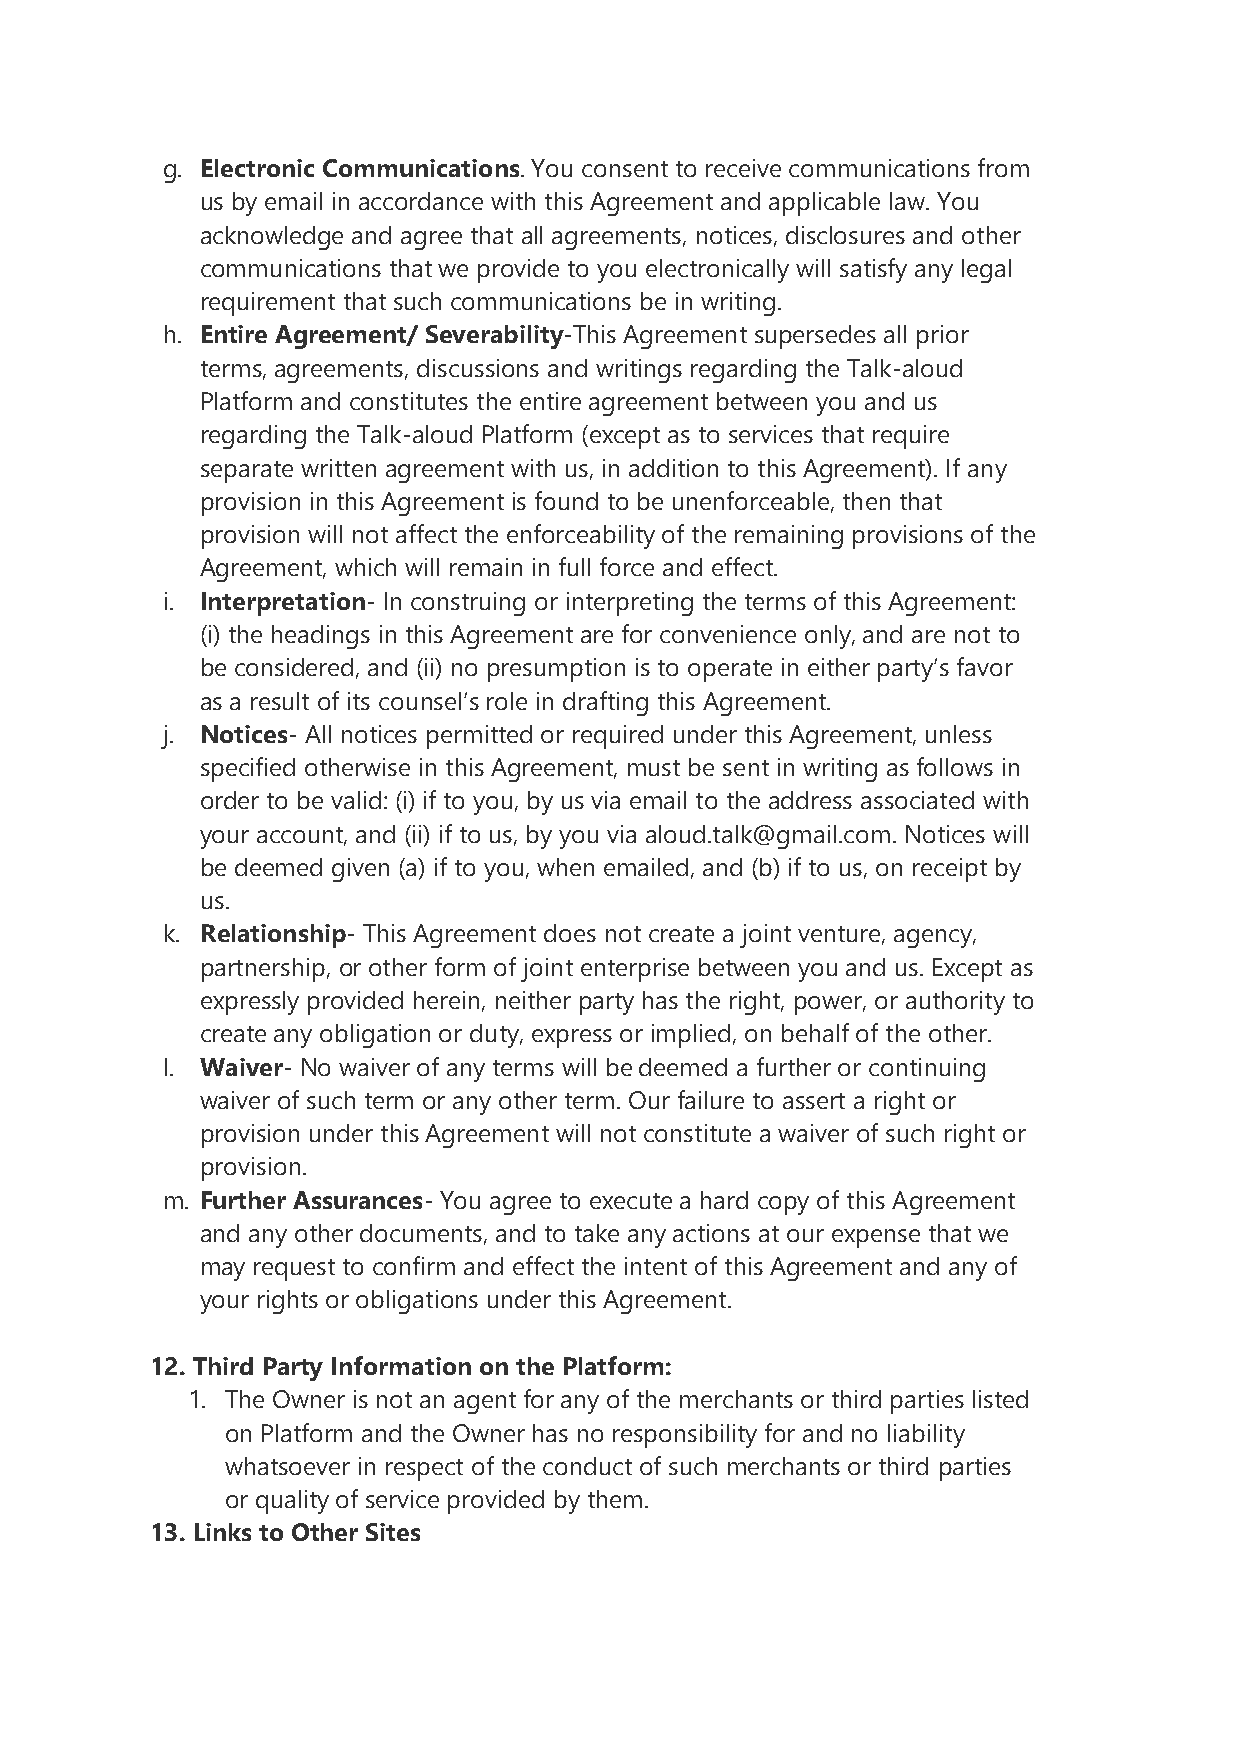
g. Electronic Communications. You consent to receive communications from
 us by email in accordance with this Agreement and applicable law. You
 acknowledge and agree that all agreements, notices, disclosures and other
 communications that we provide to you electronically will satisfy any legal
 requirement that such communications be in writing.
 h. Entire Agreement/ Severability-This Agreement supersedes all prior
 terms, agreements, discussions and writings regarding the Talk-aloud
 Platform and constitutes the entire agreement between you and us
 regarding the Talk-aloud Platform (except as to services that require
 separate written agreement with us, in addition to this Agreement). If any
 provision in this Agreement is found to be unenforceable, then that
 provision will not affect the enforceability of the remaining provisions of the
 Agreement, which will remain in full force and effect.
 i. Interpretation- In construing or interpreting the terms of this Agreement:
 (i) the headings in this Agreement are for convenience only, and are not to
 be considered, and (ii) no presumption is to operate in either party’s favor
 as a result of its counsel’s role in drafting this Agreement.
 j. Notices- All notices permitted or required under this Agreement, unless
 specified otherwise in this Agreement, must be sent in writing as follows in
 order to be valid: (i) if to you, by us via email to the address associated with
 your account, and (ii) if to us, by you via aloud.talk@gmail.com. Notices will
 be deemed given (a) if to you, when emailed, and (b) if to us, on receipt by
 us.
 k. Relationship- This Agreement does not create a joint venture, agency,
 partnership, or other form of joint enterprise between you and us. Except as
 expressly provided herein, neither party has the right, power, or authority to
 create any obligation or duty, express or implied, on behalf of the other.
 l. Waiver- No waiver of any terms will be deemed a further or continuing
 waiver of such term or any other term. Our failure to assert a right or
 provision under this Agreement will not constitute a waiver of such right or
 provision.
 m. Further Assurances- You agree to execute a hard copy of this Agreement
 and any other documents, and to take any actions at our expense that we
 may request to confirm and effect the intent of this Agreement and any of
 your rights or obligations under this Agreement.
 12. Third Party Information on the Platform:
 1. The Owner is not an agent for any of the merchants or third parties listed
 on Platform and the Owner has no responsibility for and no liability
 whatsoever in respect of the conduct of such merchants or third parties
 or quality of service provided by them.
 13. Links to Other Sites